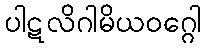
ပါဋလိဂါမိယဝဂ္ဂေါ